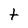
Character: t